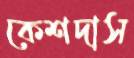
কেশদাস